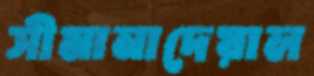
সীমানাদেয়াল